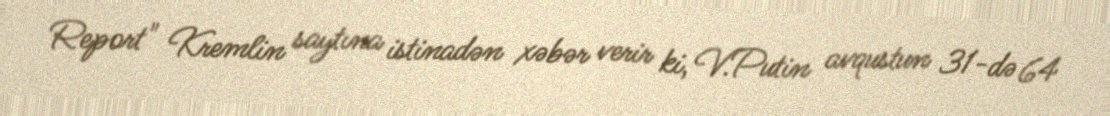
Report" Kremlin saytına istinadən xəbər verir ki, V.Putin avqustun 31-də 64